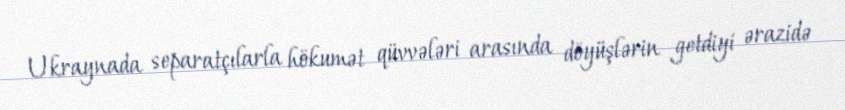
Ukraynada separatçılarla hökumət qüvvələri arasında döyüşlərin getdiyi ərazidə